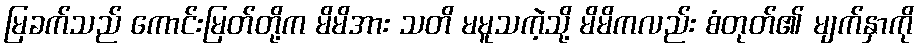
မြခက်သည် ကောင်းမြတ်တို့က မိမိအား သတိ မမူသကဲ့သို့ မိမိကလည်း စံတုတ်၏ မျက်နှာကို